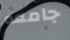
جامعه